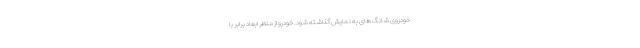
خودروی شانگ های به نمایش گذاشته شود. خودرو از منظر ابعاد برابر با